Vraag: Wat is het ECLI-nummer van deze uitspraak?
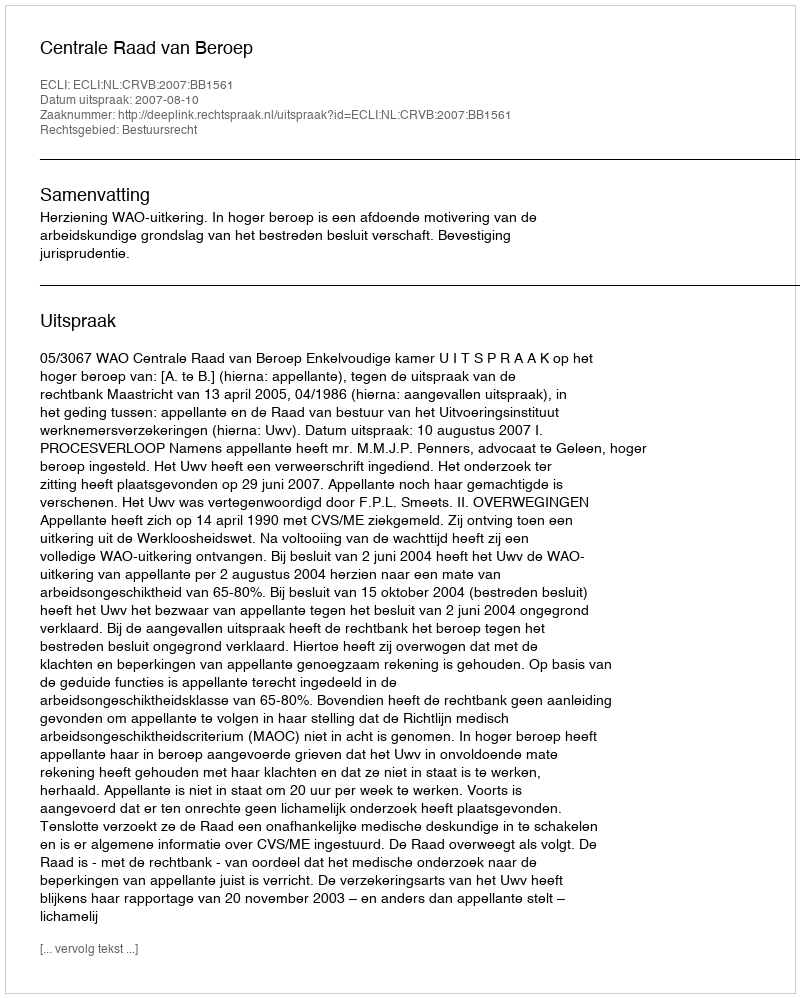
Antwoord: ECLI:NL:CRVB:2007:BB1561